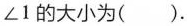
∠1的大小为( ).